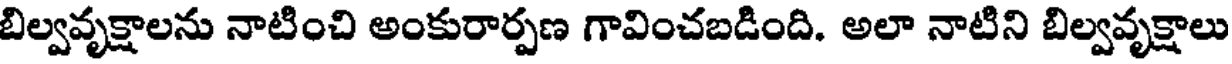
బిల్వవృక్షాలను నాటించి అంకురార్పణ గావించబడింది. అలా నాటిని బిల్వవృక్షాలు